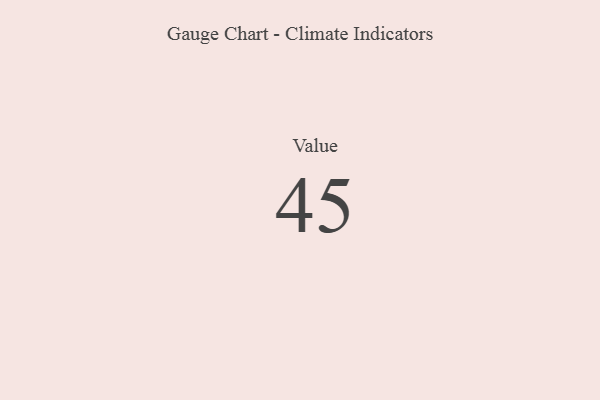
{"axis": {"x": "Metric", "y": "Value"}, "legend": [""], "data": [{"x": "Value", "y": 45, "type": ""}]}